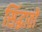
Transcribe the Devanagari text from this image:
सिंद्धातों